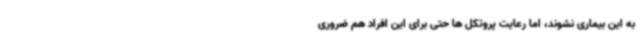
به این بیماری نشوند، اما رعایت پروتکل ها حتی برای این افراد هم ضروری